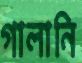
গালানি